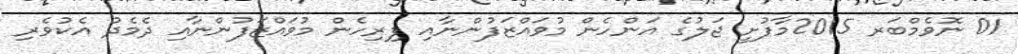
01 ނޮވެމްބަރ 2015މާފުށީ ޖަލުގެ އަންހެން މުވައްޒަފުންނާއި ފިރިހެން މުވައްޒަފުންނާއި ދެމެދު އެކުވެރި